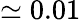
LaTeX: \simeq 0.01